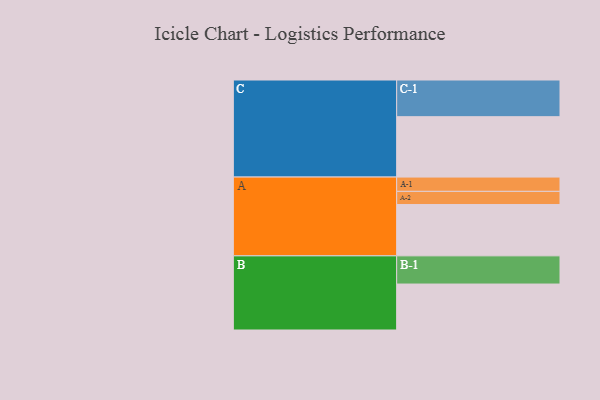
{"axis": {"x": "Segment", "y": "Value"}, "legend": ["", "A", "B", "C"], "data": [{"x": "A", "y": 399, "type": ""}, {"x": "B", "y": 357, "type": ""}, {"x": "C", "y": 469, "type": ""}, {"x": "A-1", "y": 111, "type": "A"}, {"x": "A-2", "y": 102, "type": "A"}, {"x": "B-1", "y": 219, "type": "B"}, {"x": "C-1", "y": 285, "type": "C"}]}